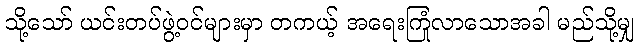
သို့သော် ယင်းတပ်ဖွဲ့ဝင်များမှာ တကယ့် အရေးကြုံလာသောအခါ မည်သို့မျှ